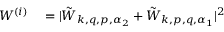
\begin{array} { r l } { W ^ { ( i ) } } & { { } = | \tilde { W } _ { \boldsymbol { k } , \boldsymbol { q } , \boldsymbol { p } , \alpha _ { 2 } } + \tilde { W } _ { \boldsymbol { k } , \boldsymbol { p } , \boldsymbol { q } , \alpha _ { 1 } } | ^ { 2 } } \end{array}